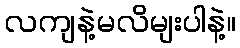
လကျနဲ့မလိမျးပါနဲ့။